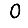
Digit: 0